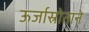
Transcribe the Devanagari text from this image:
ऊर्जास्रोताने